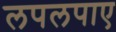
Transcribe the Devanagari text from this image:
लपलपाए